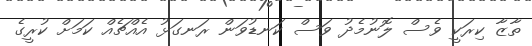
ތާޒާ ކިރަކީ ވެސް ލޮނުމެދު ވަސް ކަނޑުވަން ރަނގަޅު އެއްޗެއް ކަމަށް ކުރީގެ